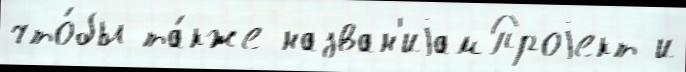
что́бы та́кже назван'иjамПроjект и